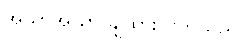
အသာအယာ ချထားလိုက်သည်။